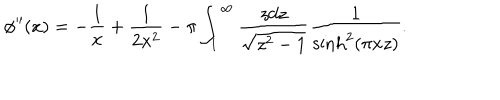
\phi ^ { \prime \prime } ( x ) = - \frac { 1 } { x } + \frac { 1 } { 2 x ^ { 2 } } - \pi \int _ { 1 } ^ { \infty } \frac { z d z } { \sqrt { z ^ { 2 } - 1 } } \frac { 1 } { \sinh ^ { 2 } ( \pi x z ) } .